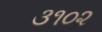
૩૧૦૨